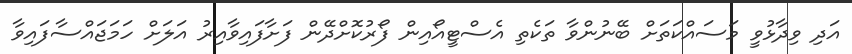
އަދި ވިދާޅުވީ މަސައްކަތަށް ބޭނުންވާ ތަކެތި އެސްޓީއޯއިން ފޯރުކޮށްދޭން ފަށާފައިވާއިރު އަލަށް ހަމަޖައްސާފައިވާ